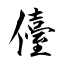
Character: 儓